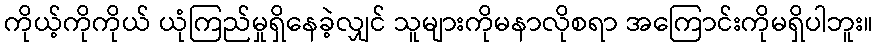
ကိုယ့်ကိုကိုယ် ယုံကြည်မှုရှိနေခဲ့လျှင် သူများကိုမနာလိုစရာ အကြောင်းကိုမရှိပါဘူး။